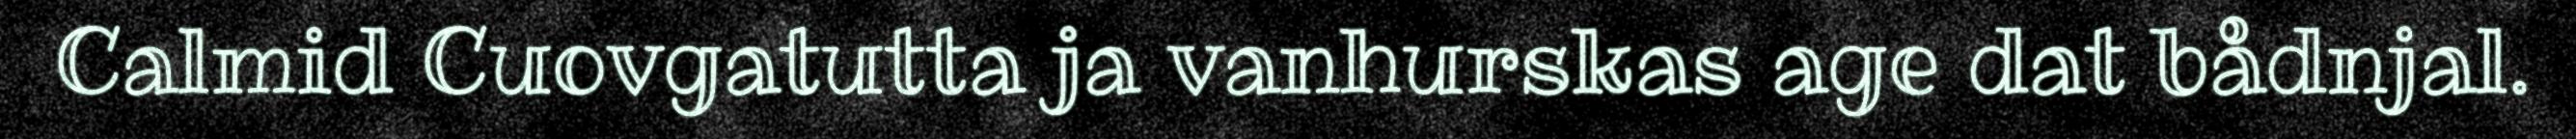
Calmid Cuovgatutta ja vanhurskas age dat bådnjal.